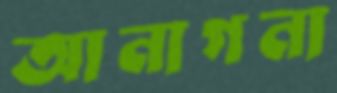
আনাগনা